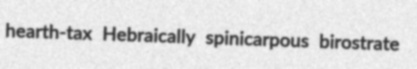
hearth-tax Hebraically spinicarpous birostrate